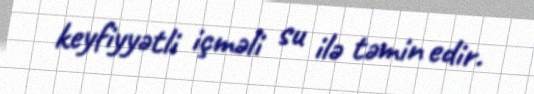
keyfiyyətli içməli su ilə təmin edir.